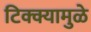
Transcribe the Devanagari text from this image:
टिक्क्यामुळे